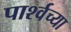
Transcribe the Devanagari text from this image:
पार्श्वच्या